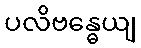
ပလိဗန္ဓေယျ